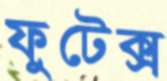
ফুটেক্স